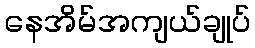
နေအိမ်အကျယ်ချုပ်